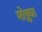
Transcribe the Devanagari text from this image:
मोठ्ठ्या